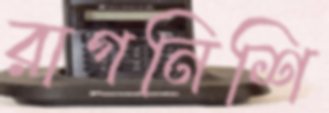
রাগনিশি